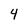
Character: 4